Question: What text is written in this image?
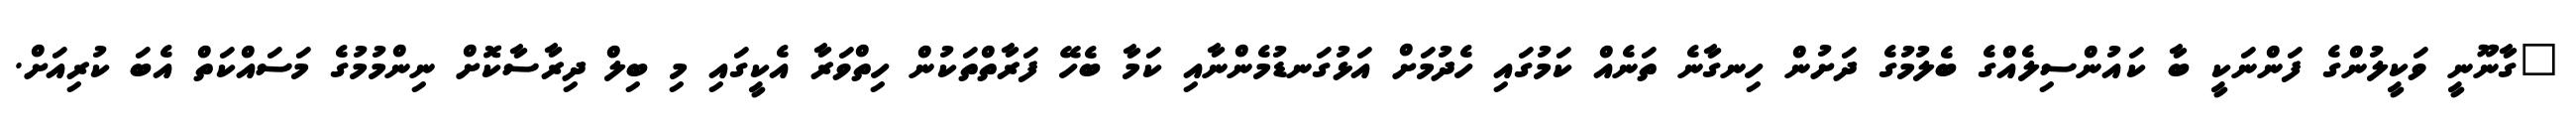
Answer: "ގާނޫނީ ވަކީލުންގެ ފަންނަކީ ބާ ކައުންސިލެއްގެ ބެލުމުގެ ދަށުން ހިނގާނެ ތަނެއް ކަމުގައި ހެދުމަށް އަޅުގަނޑުމެންނާއި ކަމާ ބެހޭ ފަރާތްތަކުން ހިތްވަރާ އެކީގައި މި ބިލް ދިރާސާކޮށް ނިންމުމުގެ މަސައްކަތް އެބަ ކުރިއަށް.